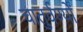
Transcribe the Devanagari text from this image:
चातुर्वर्ण्यों